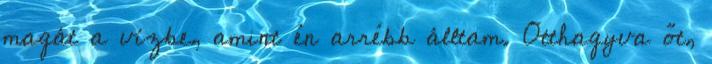
magát a vízbe, amint én arrébb álltam. Otthagyva őt,